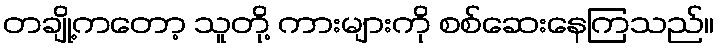
တချို့ကတော့ သူတို့ ကားများကို စစ်ဆေးနေကြသည်။